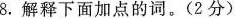
8.解释下面加点的词。(2分)